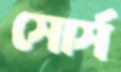
সোর্স